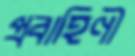
প্রবাহিণী